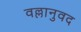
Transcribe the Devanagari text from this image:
वल्लानुवद